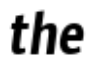
the